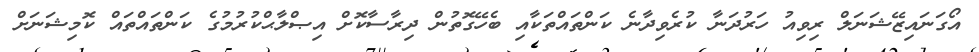
އޯގަނައިޒޭޝަނަލް ރިވިއު ހަރުދަނާ ކުރެވިދާނެ ކަންތައްތަކާއި ބެހޭގޮތުން ދިރާސާކޮށް އިޞްލާޙްކުރުމުގެ ކަންތައްތައް ކޮމިޝަނަށް